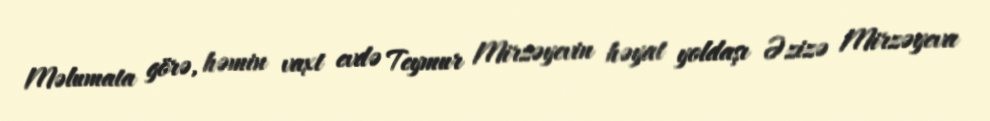
Məlumata görə, həmin vaxt evdə Teymur Mirzəyevin həyat yoldaşı Əzizə Mirzəyeva